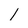
Character: 1